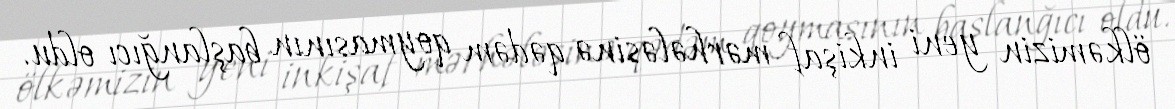
ölkəmizin yeni inkişaf mərhələsinə qədəm qoymasının başlanğıcı oldu.